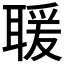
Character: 𦖵